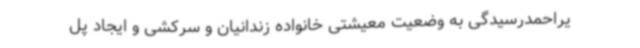
یراحمدرسیدگی به وضعیت معیشتی خانواده زندانیان و سرکشی و ایجاد پل